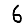
Digit: 6